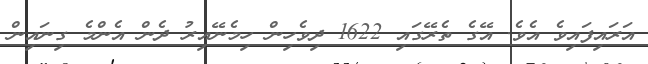
އަރައިފައިވެ އެވެ. އޭގެ ތެރޭގައި 1622 ދިވެހިން ހިމެނޭއިރު ދެން އެންމެ ގިނައިން